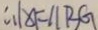
\therefore A F / / B G